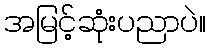
အမြင့်ဆုံးပညာပဲ။